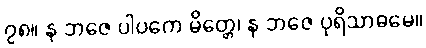
၇၈။ န ဘဇေ ပါပကေ မိတ္တေ၊ န ဘဇေ ပုရိသာဓမေ။